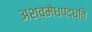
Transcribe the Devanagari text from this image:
अश्वमेधपद्धति